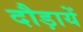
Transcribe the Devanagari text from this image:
दौड़ायें